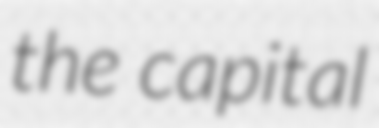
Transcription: the capital